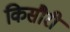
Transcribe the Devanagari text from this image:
किसौरी